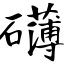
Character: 礴